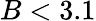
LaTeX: B<3.1